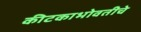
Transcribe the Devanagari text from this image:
कीटकाभोवतीचे